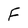
Character: F